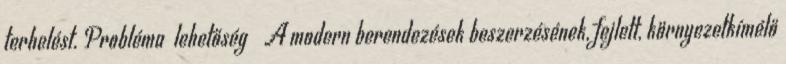
terhelést. Probléma lehetőség ▪A modern berendezések beszerzésének, fejlett, környezetkímélő